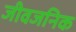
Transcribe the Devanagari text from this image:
जीवजनिक